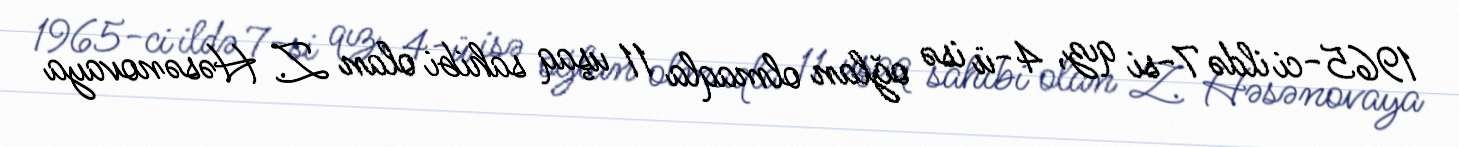
1965-ci ildə 7-si qız, 4-ü isə oğlan olmaqla 11 uşaq sahibi olan Z. Həsənovaya